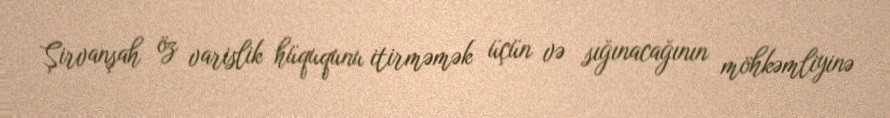
Şirvanşah öz varislik hüququnu itirməmək üçün və sığınacağının möhkəmliyinə